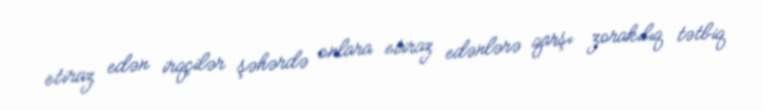
etiraz edən irqçilər şəhərdə onlara etiraz edənlərə qarşı zorakılıq tətbiq